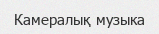
Камералық музыка